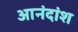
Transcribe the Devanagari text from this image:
आनंदांश